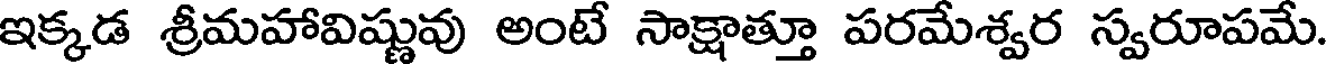
ఇక్కడ శ్రీమహావిష్ణువు అంటే సాక్షాత్తూ పరమేశ్వర స్వరూపమే.